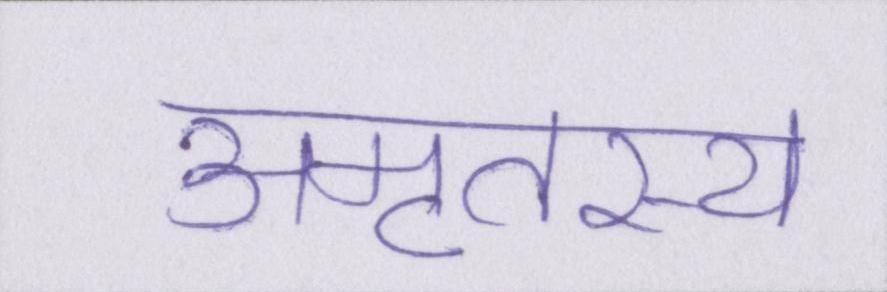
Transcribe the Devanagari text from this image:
अमृतस्य